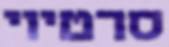
סרטיוי